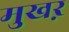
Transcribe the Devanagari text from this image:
मुखऱ